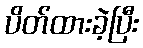
ပိတ်ထားခဲ့ပြီး